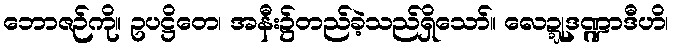
ဘောဇဉ်ကို။ ဥပဋ္ဌိတေ၊ အနီး၌တည်ခဲ့သည်ရှိသော်။ လေဍ္ဍုဒဏ္ဍာဒီဟိ၊